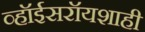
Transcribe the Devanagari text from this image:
व्हॉईसरॉयशाही